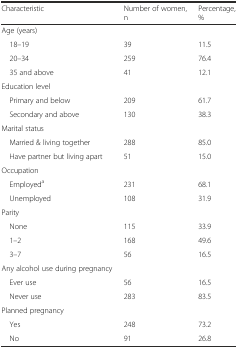
| Characteristic | Number of women, n | Percentage, % |
 | --- | --- | --- |
 | Age (years) |  |  |
 | 18–19 | 39 | 11.5 |
 | 20–34 | 259 | 76.4 |
 | 35 and above | 41 | 12.1 |
 | Education level |  |  |
 | Primary and below | 209 | 61.7 |
 | Secondary and above | 130 | 38.3 |
 | Marital status |  |  |
 | Married & living together | 288 | 85.0 |
 | Have partner but living apart | 51 | 15.0 |
 | Occupation |  |  |
 | Employeda | 231 | 68.1 |
 | Unemployed | 108 | 31.9 |
 | Parity |  |  |
 | None | 115 | 33.9 |
 | 1–2 | 168 | 49.6 |
 | 3–7 | 56 | 16.5 |
 | Any alcohol use during pregnancy |  |  |
 | Ever use | 56 | 16.5 |
 | Never use | 283 | 83.5 |
 | Planned pregnancy |  |  |
 | Yes | 248 | 73.2 |
 | No | 91 | 26.8 |